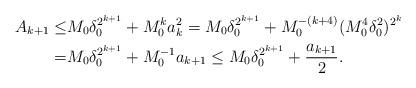
LaTeX: \begin{align*} A_{k+1}\leq&M_0\delta_0^{2^{k+1}}+M_0^ka_k^2=M_0\delta_0^{2^{k+1}}+M_0^{-(k+4)}(M_0^4\delta_0^2)^{2^k}\\ =&M_0\delta_0^{2^{k+1}}+M_0^{-1}a_{k+1}\leq M_0\delta_0^{2^{k+1}}+\frac{a_{k+1}}{2}.\end{align*}